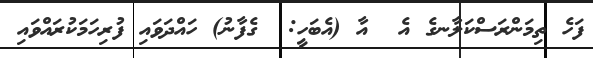
ފަހެ ތިމަންރަސްކަލާނގެ އެ  އާ (އެބަހީ:  ގެފާނު) ހައްދަވައި ފުރިހަމަކުރައްވައި